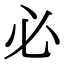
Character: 必